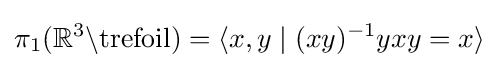
\pi _{1}(\mathbb {R} ^{3}\backslash {\text{trefoil}})=\langle x,y\mid (xy)^{-1}yxy=x\rangle